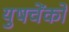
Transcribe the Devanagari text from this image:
युषचेंको